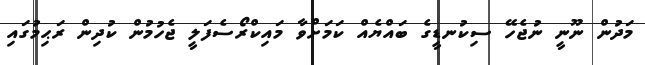
މަދުން ނޫނީ ނުޖެހޭ ސިކުނޑީގެ ބައްޔެއް ކަމަށްވާ މައިކްރޯސެފަލީ ޖެހުމުން ކުދިން ރަޙިމުގައި